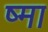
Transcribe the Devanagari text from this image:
ष्मा